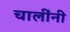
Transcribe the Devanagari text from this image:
चालींनी